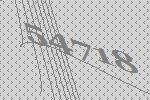
54718